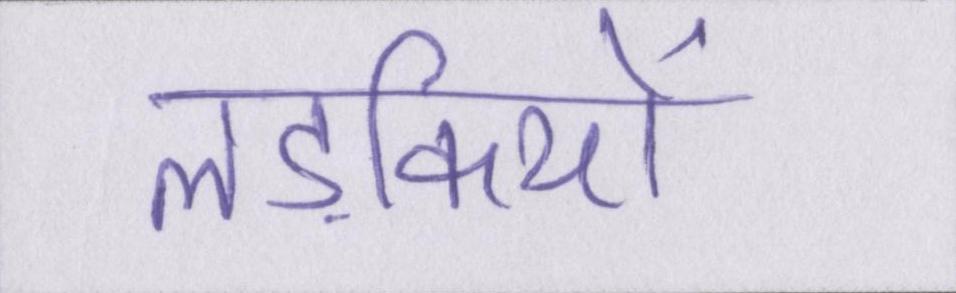
लड़कियों